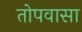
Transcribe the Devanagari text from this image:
तोपवासा